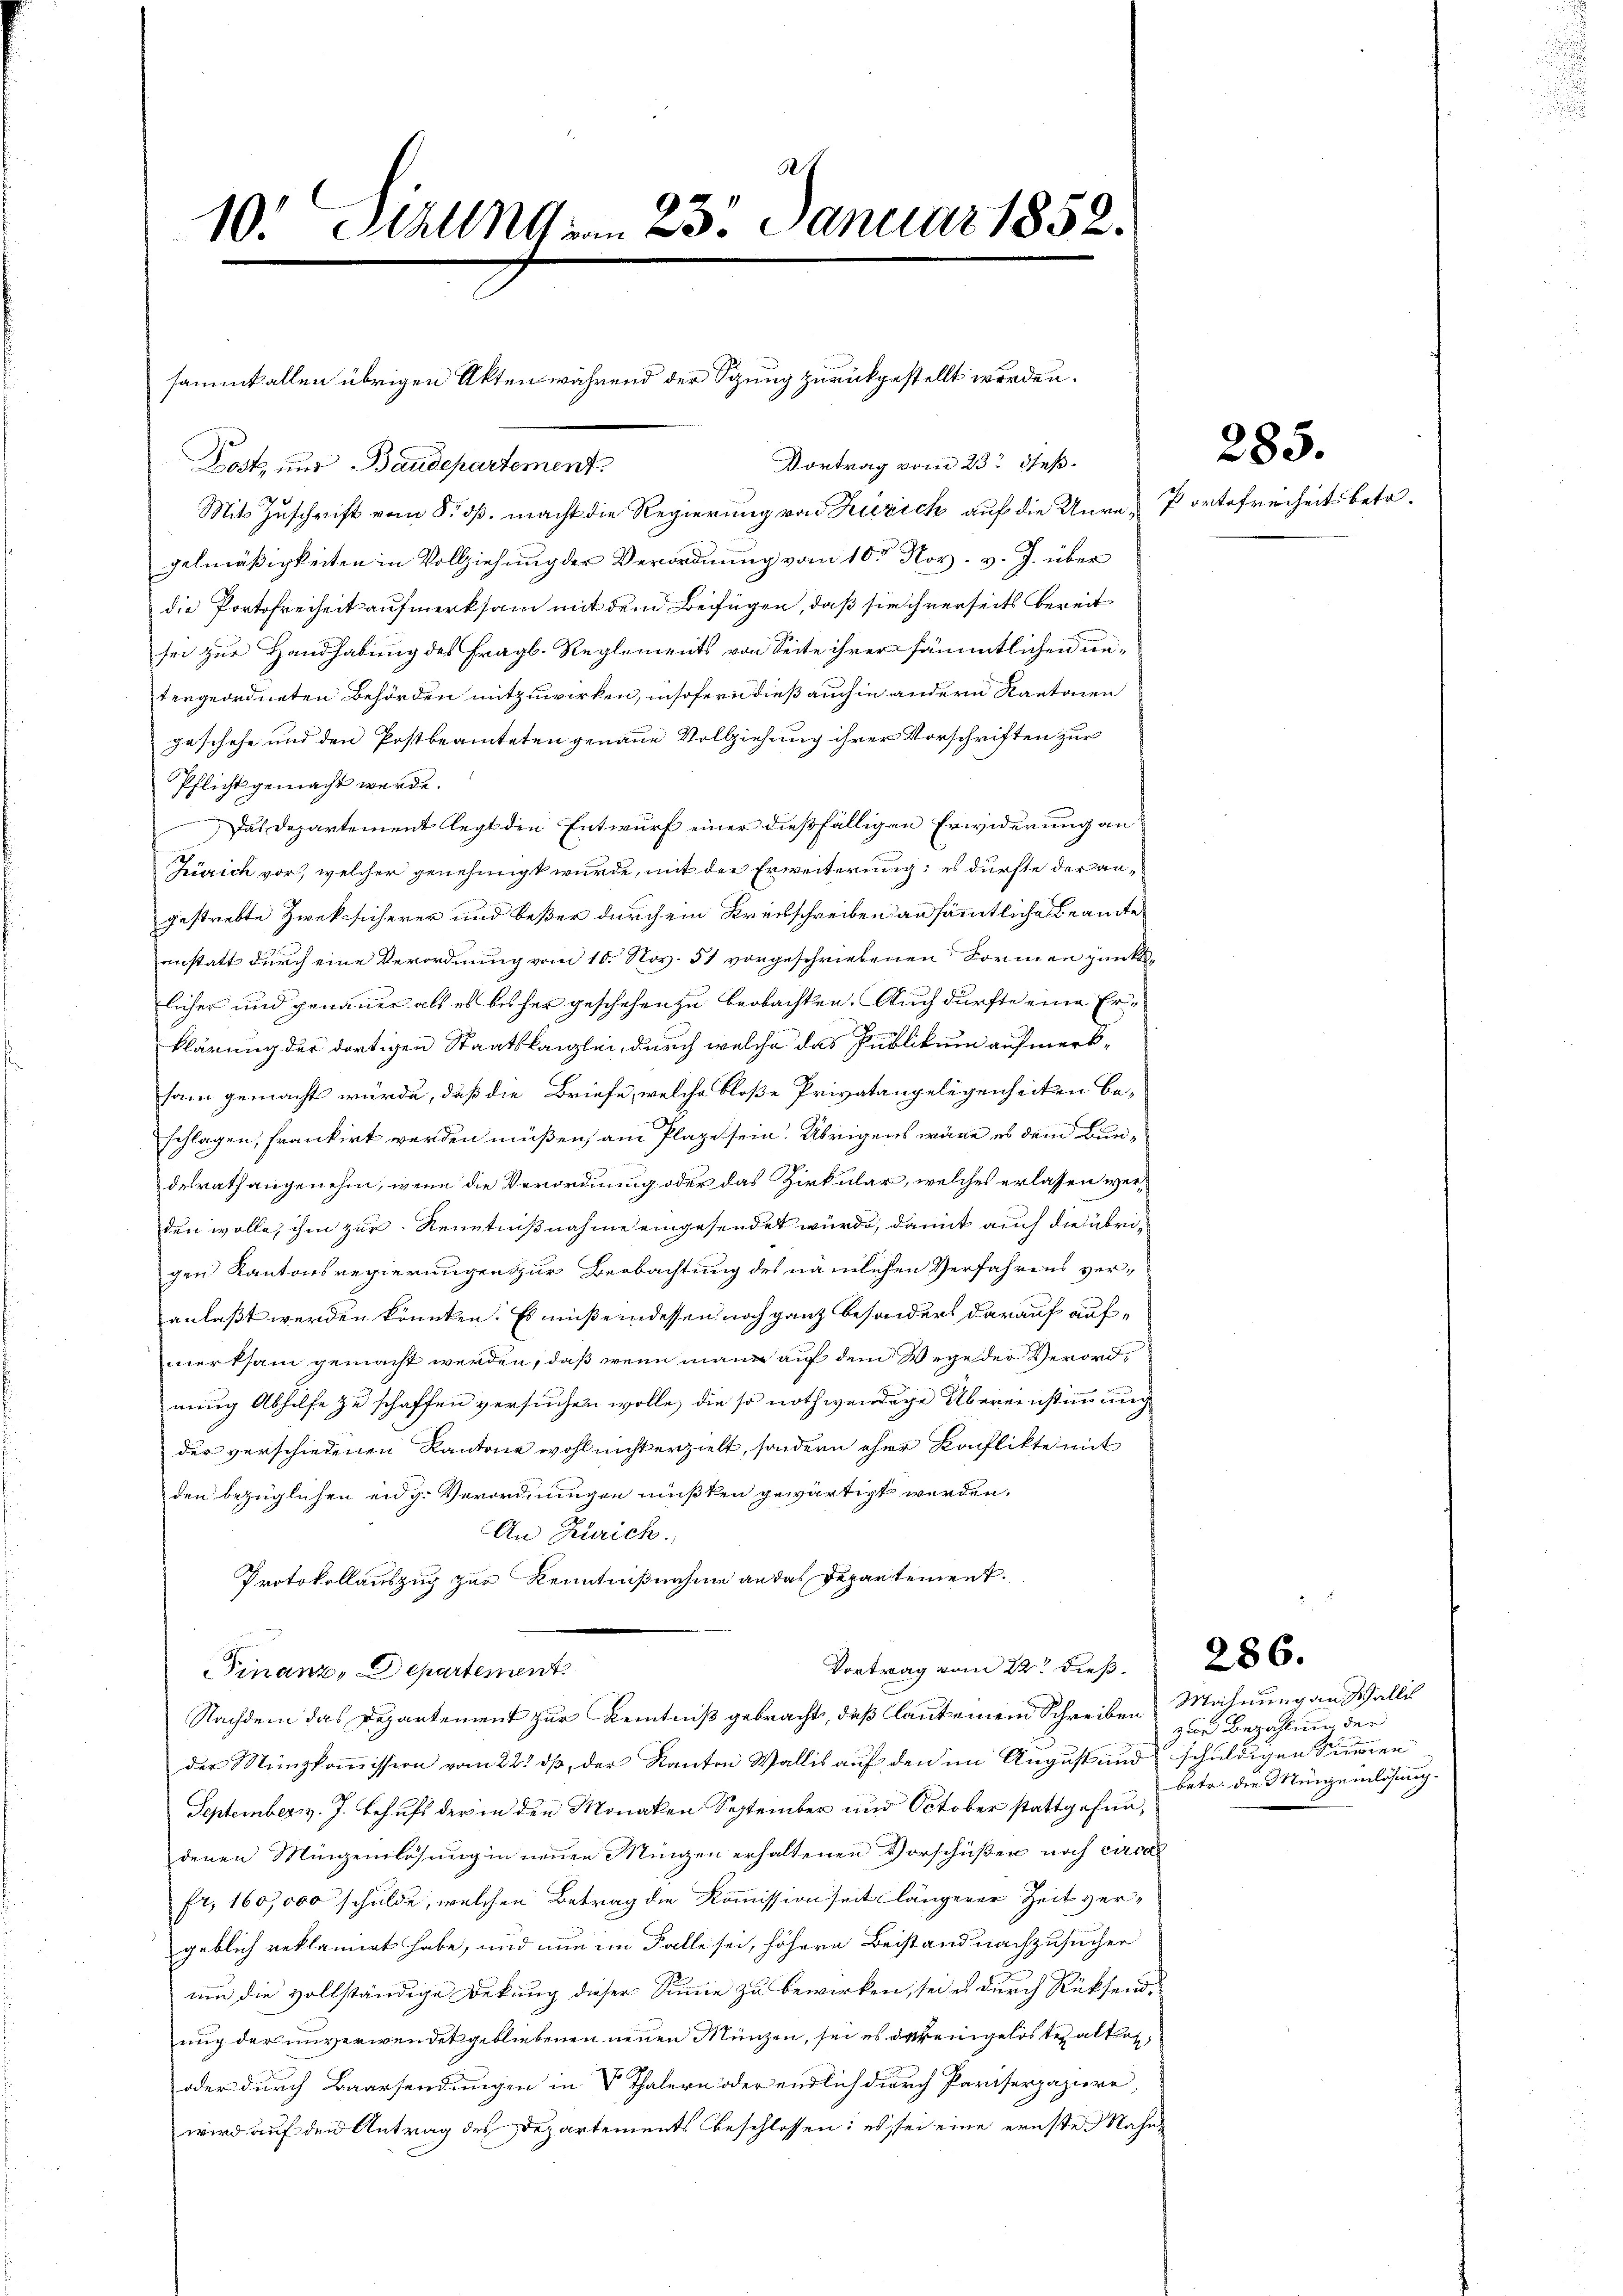
10. Sizung am 23. Januar 1852.

Vortrag vom 23t Jeß.
Post, und Baudepartement
Mit Zuschrift vom 8. ds. macht die Regierung von Zürich auf die Unregelmäßigkeiten in Vollziehung der Verordnung vom 10ten Nov. v. J. über
die Portofreiheit aufmerksam mit dem Bezügen, daß sie ihnerseits bereit
sei zur Handhabung des fragl. Reglements von Seite ihrer sämmtlichen eintergeordneten Behörden mitzuwirken, insofern dieß auch in andern Kantonen
geschehe und den Postbeamteten genaue Vollziehung ihrer Vorschriften zur
Pflicht gemacht werde.
Das Departement legt den Entwurf einer dießfälligen Erwiderung an
Zürich vor, welcher genehmigt wurde, mit der Erweiterung: es dürfte der angestrebte Zwek sicherer und beßer durch ein Kreisschreiben an sämmtliche Beamte
anstatt durch eine Verordnung vom 10. Nov. 51 vorgeschriebenen Formen pünktlicher und genauer als es bisher geschehen zu beobachten. Auch dürfte eine Erklärung der dortigen Staatskanzlei, durch welche das Publikum aufmerksam gemacht würde, daß die Briefe, welche bloße Privatangelegenheiten be-
schlagen, frankirt werden müßen, am Plage sein. Übrigens wäre es dem Bundesrath angenehm, wenn die Verordnung oder das Zirkular, welches erlassen werden wolle, ihm zur Kenntnißnahme eingesendet wurde, damit auch die übrigen Kantonsregierungen zur Beobachtung des nämlichen Verfahrens veranlaßt werden könnten. Es muß eindessen noch ganz besonders darauf aufmerksam gemacht werden, daß wenn man auf dem Wege der Verordnung Abhilfe zu schaffen versuchen wolle, die so nothwendige Übereinstimmung
der verschiedenen Kantone wohl nicht erzielt, sondern eher Konflikte mit
den bezüglichen eidg. Verordnungen müßten gewärtigt werden.
An Zürich.
Protokollauszug zur Kenntnißnahme an das Departement.
Vortrag vom 22t dieß.
Finanz-Departement
Nachdem das Departement zur Kenntniß gebracht, daß laut einem Schreiben Mahnung an Wallis
der Münzkommission vom 22. dß, der Kanton Wallis auf den im August und schuldigen Summen
September v. J. Behufs der in den Monaten September und October stattgefundenen Mingenlösung in neuen Münzen erhaltenen Vorschüßen noch circa
fr. 160,000 schulde, welchen Betrag die Kommissionseit längerer Zeit vergeblich reklamirt habe, und nun im Falle sei, höhere Beistand nachzusuchen
um die vollständige Bekung dieser Summe zu bewirken, sei es durch Rücksend,
uug der unverwendet gebliebenen neuen Münzen, sei es der eingelos erhalten
oder durch Baarsendungen in V Thalern oder endlich durch Pariserpapiere,
wird auf den Antrag des Departements beschlossen: es sei eine ernste Nahn,

sammt allen übrigen Akten während der Sitzung zurückgestellt worden.

Portofreiheit betr.

285.

zur Bezahlung der
betr. die Mingenlösung.

286.